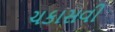
ચકાસવી